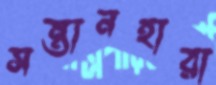
সন্তানহারা